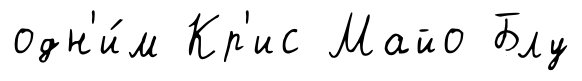
одн'и́м Кр'ис Майо Блу